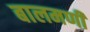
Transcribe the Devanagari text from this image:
बालमणी